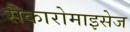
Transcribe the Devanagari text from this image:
सैकारोमाइसेज